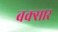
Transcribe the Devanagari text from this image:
बक्सार